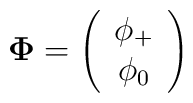
{\bf \Phi} =\left (\begin{array}{c} \phi_{+} \\ \phi_0 \end{array} \right )